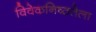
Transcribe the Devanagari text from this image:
विवेकनिष्ठतेला